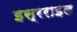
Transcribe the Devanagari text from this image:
इस्रराइल